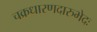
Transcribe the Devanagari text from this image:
चक्रधारणदारुभेदः